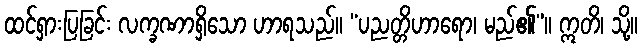
ထင်ရှားပြခြင်း လက္ခဏာရှိသော ဟာရသည်။ “ပညတ္တိဟာရော၊ မည်၏”။ ဣတိ၊ သို့။